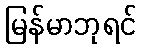
မြန်မာဘုရင်